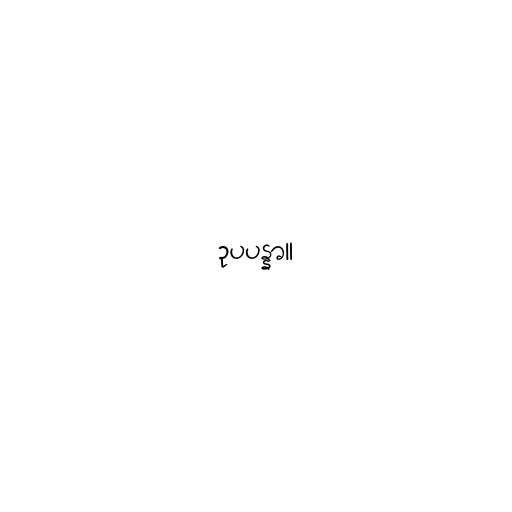
ဥပပန္နာ။